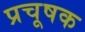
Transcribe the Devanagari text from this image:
प्रचूषक